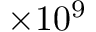
\times 1 0 ^ { 9 }